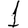
Digit: 1